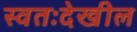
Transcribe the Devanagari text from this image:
स्वतःदेखील